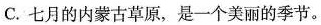
C.七月的内蒙古草原，是一个美丽的季节。